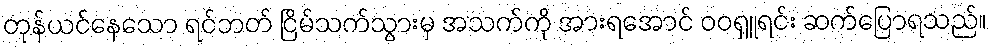
တုန်ယင်နေသော ရင်ဘတ် ငြိမ်သက်သွားမှ အသက်ကို အားရအောင် ဝဝရှူရင်း ဆက်ပြောရသည်။